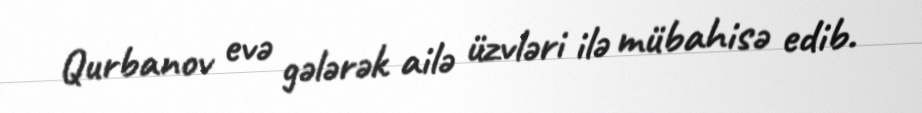
Qurbanov evə gələrək ailə üzvləri ilə mübahisə edib.